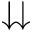
\downdownarrows